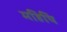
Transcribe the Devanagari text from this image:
महिषि